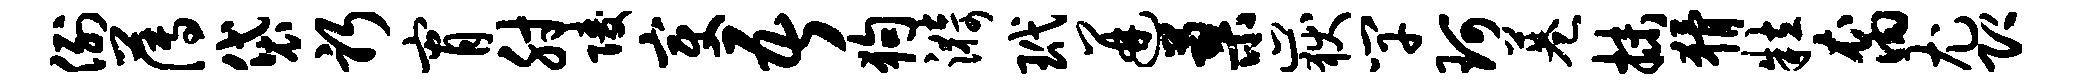
例薄袋躬宵肘陵变吾狗漪玳迸蓼岳竿珂巷抹猾粒裔尤即